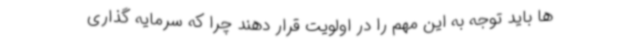
ها باید توجه به این مهم را در اولویت قرار دهند چرا که سرمایه گذاری